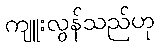
ကျူးလွန်သည်ဟု